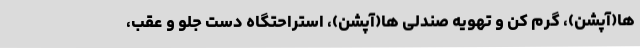
ها(آپشن)، گرم کن و تهویه صندلی ها(آپشن)، استراحتگاه دست جلو و عقب،